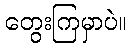
တွေးကြမှာပဲ။